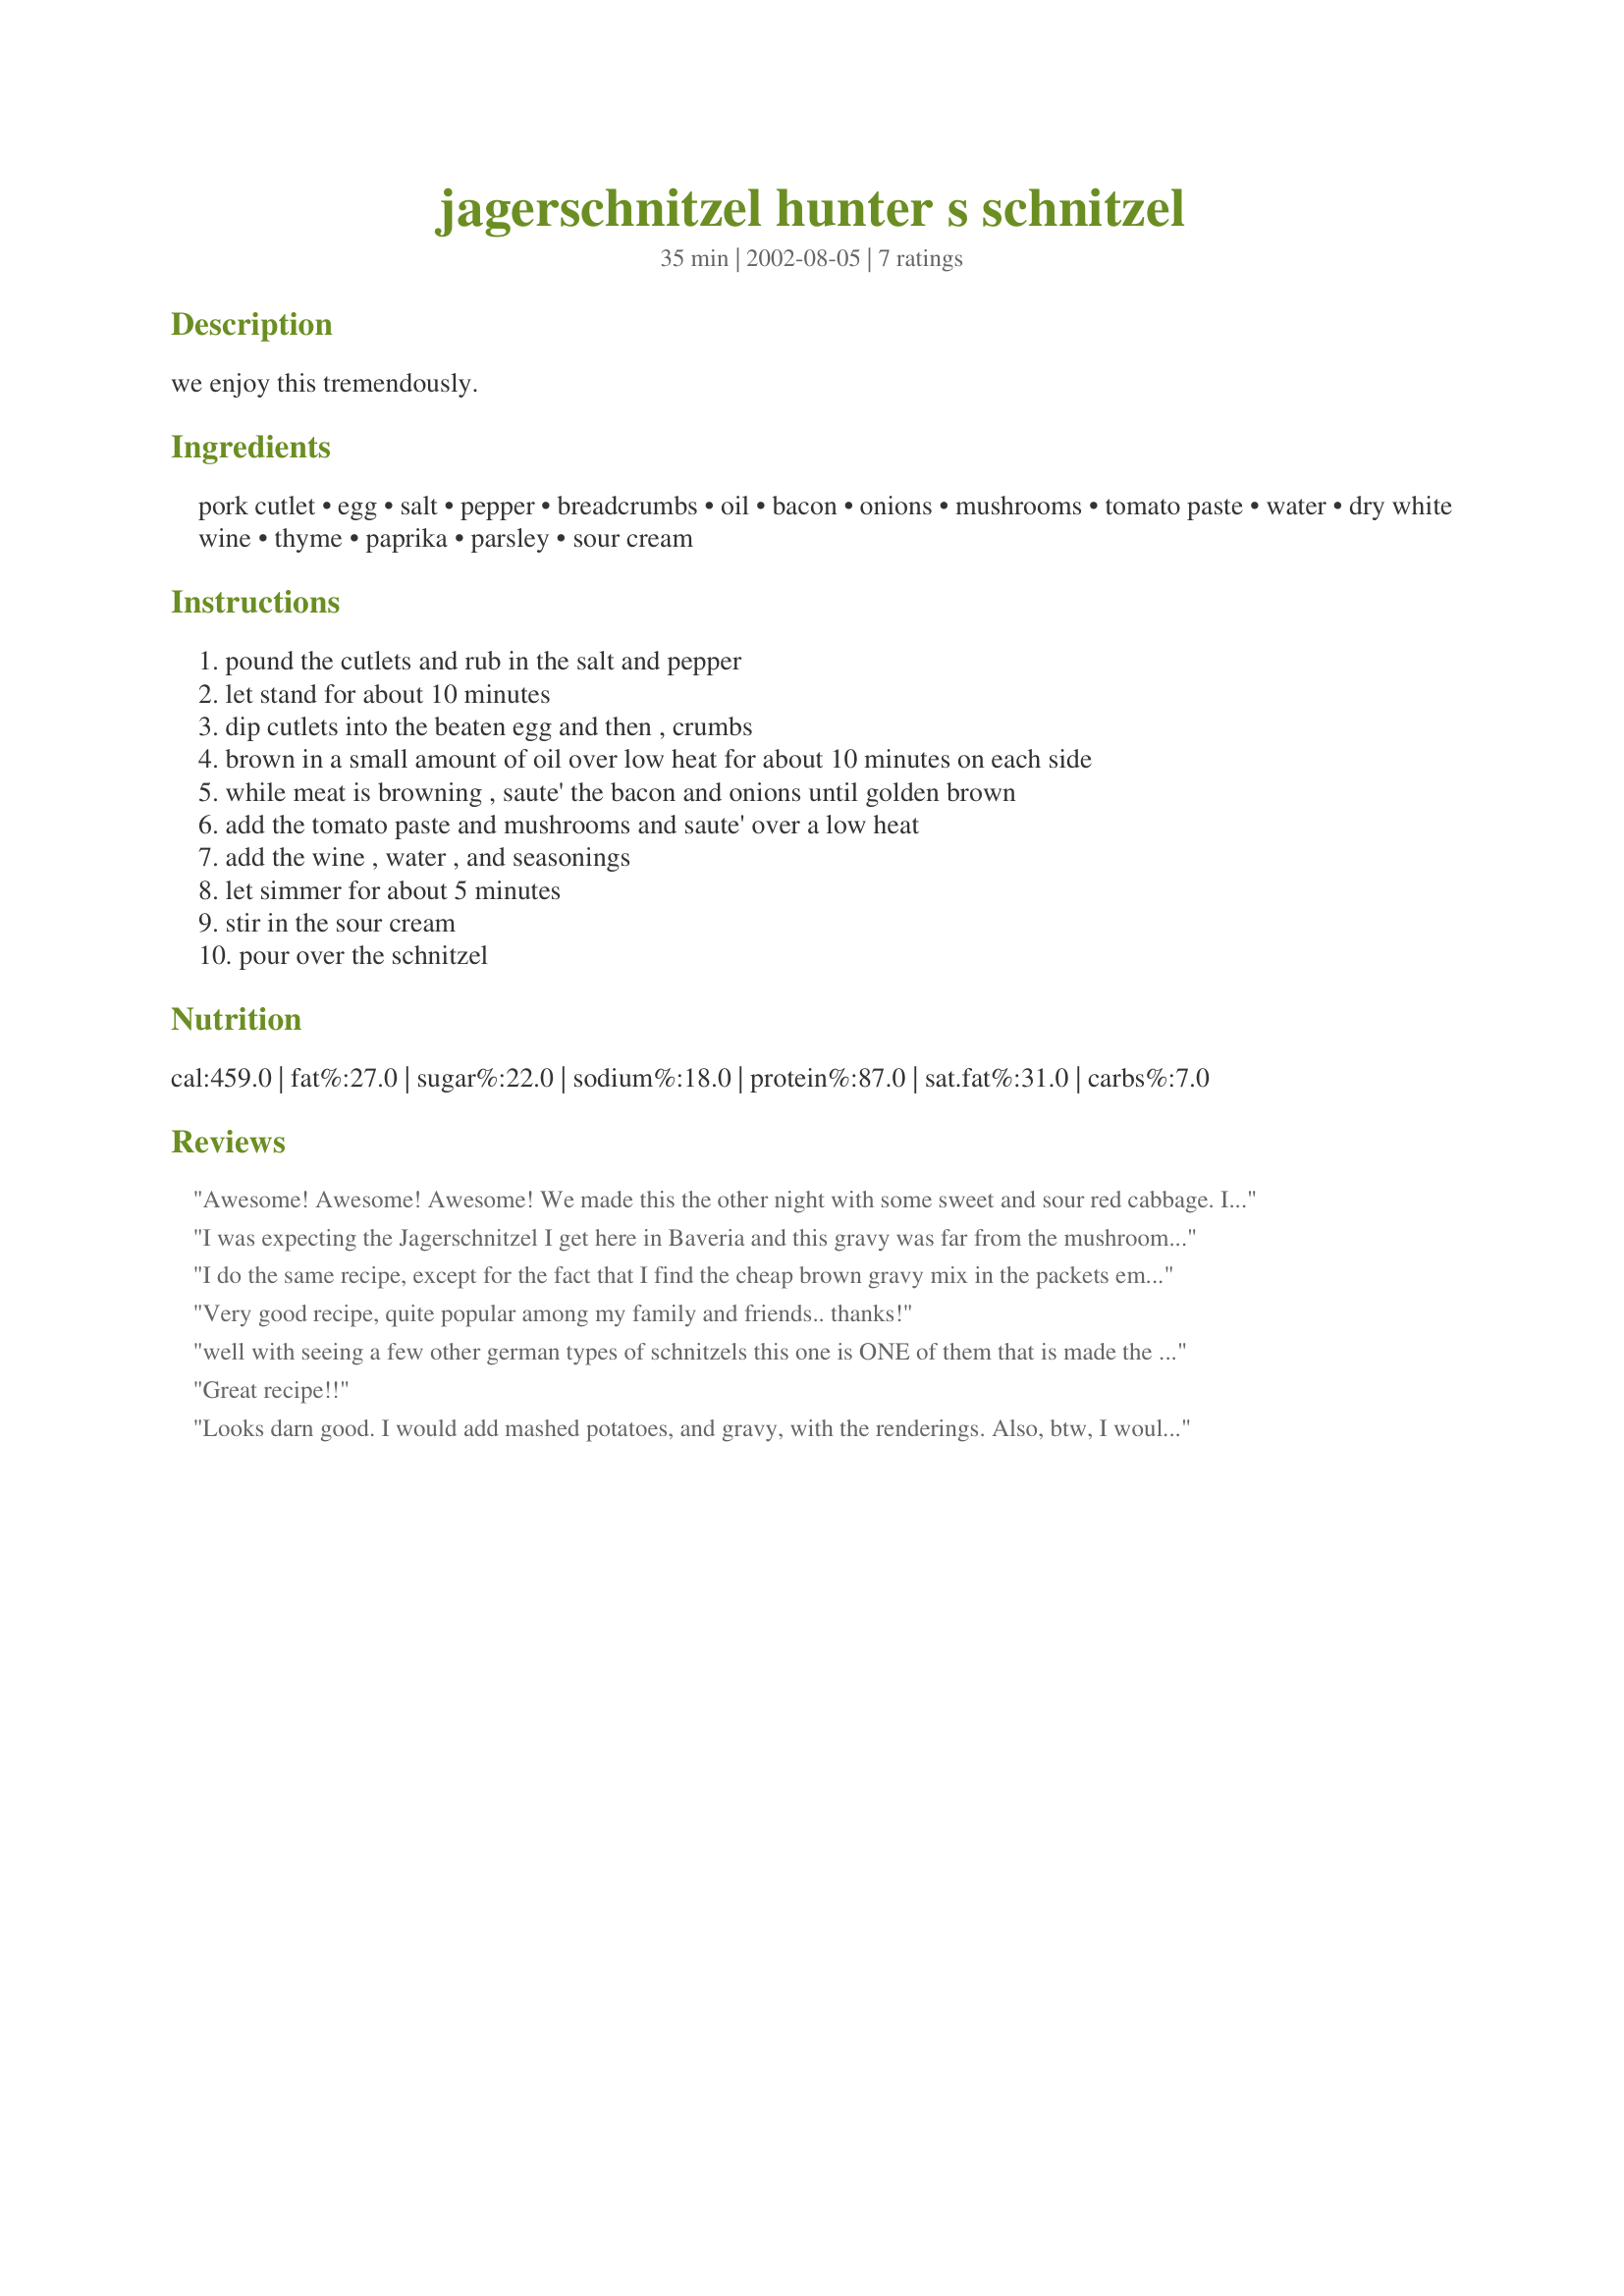
jagerschnitzel hunter s schnitzel
Preparation time: 35 minutes

we enjoy this tremendously.

Ingredients:
pork cutlet, egg, salt, pepper, breadcrumbs, oil, bacon, onions, mushrooms, tomato paste, water, dry white wine, thyme, paprika, parsley, sour cream

Steps:
pound the cutlets and rub in the salt and pepper, let stand for about 10 minutes, dip cutlets into the beaten egg and then , crumbs, brown in a small amount of oil over low heat for about 10 minutes on each side, while meat is browning , saute' the bacon and onions until golden brown, add the tomato paste and mushrooms and saute' over a low heat, add the wine , water , and seasonings, let simmer for about 5 minutes, stir in the sour cream, pour over the schnitzel

Reviews:
Awesome! Awesome! Awesome! We made this the other night with some sweet and sour red cabbage. I also made a pot of nockerl to pour the gravy over. It was wonderful. Thanks !!!!!
I was expecting the Jagerschnitzel I get here in Baveria and this gravy was far from the mushroom gravy I get on my jagerschnitzel. The sauce does not thicken and the wine taste is not appetizing (I thought it would have cooked all the way off) and I even cooked it a little longer to try and get it to cook off. I put to much pepper in the sauce, but that still would not have made me want to cook this again.
I do the same recipe, except for the fact that I find the cheap brown gravy mix in the packets emulates the gravy that I had in Germany almost perfectly. I just saute the white mushroom slices gently until just starting to soften(don't over cook), and add them to the brown gravy mixture while I am browning my jager schnitzel. And for a nice Gasthaus touch, a nice pile of fresh cut french fries on the side. I used to order extra mushroom gravy so I had enough to make my french fries swim in it as well as my schnitzel. MMmmmmm mmmmmmMM
Very good recipe, quite popular among my family and friends.. thanks!
well with seeing a few other german types of schnitzels this one is ONE of them that is made the right way. schnitzel all together tastes good no matter what type you make. Just have to make sure you make it right.
Great recipe!!
Looks darn good. I would add mashed potatoes, and gravy, with the renderings. Also, btw, I would use veal.
